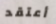
أعتقد